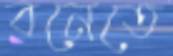
বনেতে